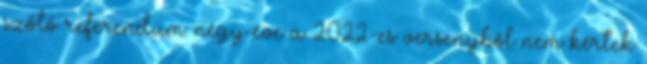
szóló referendum: négy éve a 2022-es versenyből nem kértek